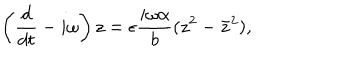
\left( \frac { d } { d t } - i \omega \right) z = \epsilon \frac { i \omega \alpha } { b } ( z ^ { 2 } - { \bar { z } } ^ { 2 } ) ,